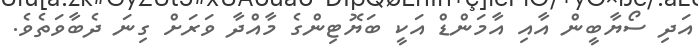
އަދި ސޯޔާބީން އާއި އާމަންޑް އަކީ ބަޔޮޓިންގެ މާއްދާ ވަރަށް ގިނަ ދެބާވަތެވެ.